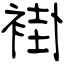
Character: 褂